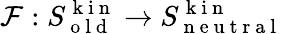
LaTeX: \mathcal{F}:S_{\mathrm{~o~l~d~}}^{\mathrm{~k~i~n~}}\to S_{\mathrm{~n~e~u~t~r~a~l~}}^{\mathrm{~k~i~n~}}